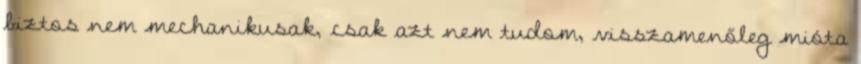
biztos nem mechanikusak, csak azt nem tudom, visszamenőleg mióta